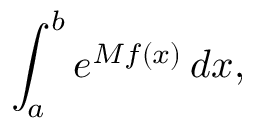
\int _ { a } ^ { b } e ^ { M f ( x ) } \, d x ,